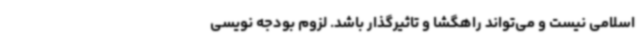
اسلامی نیست و می‌تواند راهگشا و تاثیرگذار باشد. لزوم بودجه نویسی